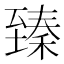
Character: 臻